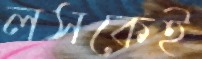
লসকেই